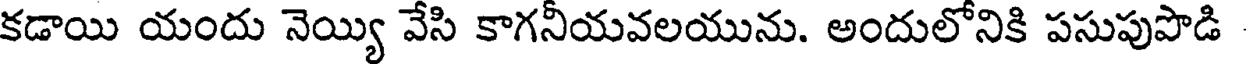
కడాయి యందు నెయ్యి వేసి కాగనీయవలయును. అందులోనికి పసుపుపొడి